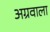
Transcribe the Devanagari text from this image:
अग्रवाला